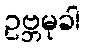
ဥဗ္ဘမုခါ